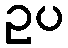
ဥပ